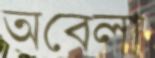
অবেলা